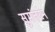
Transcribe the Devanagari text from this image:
सुमंतरन